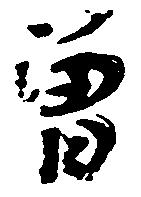
曽